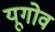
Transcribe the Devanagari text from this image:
यूगोव